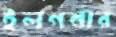
ইলগনার